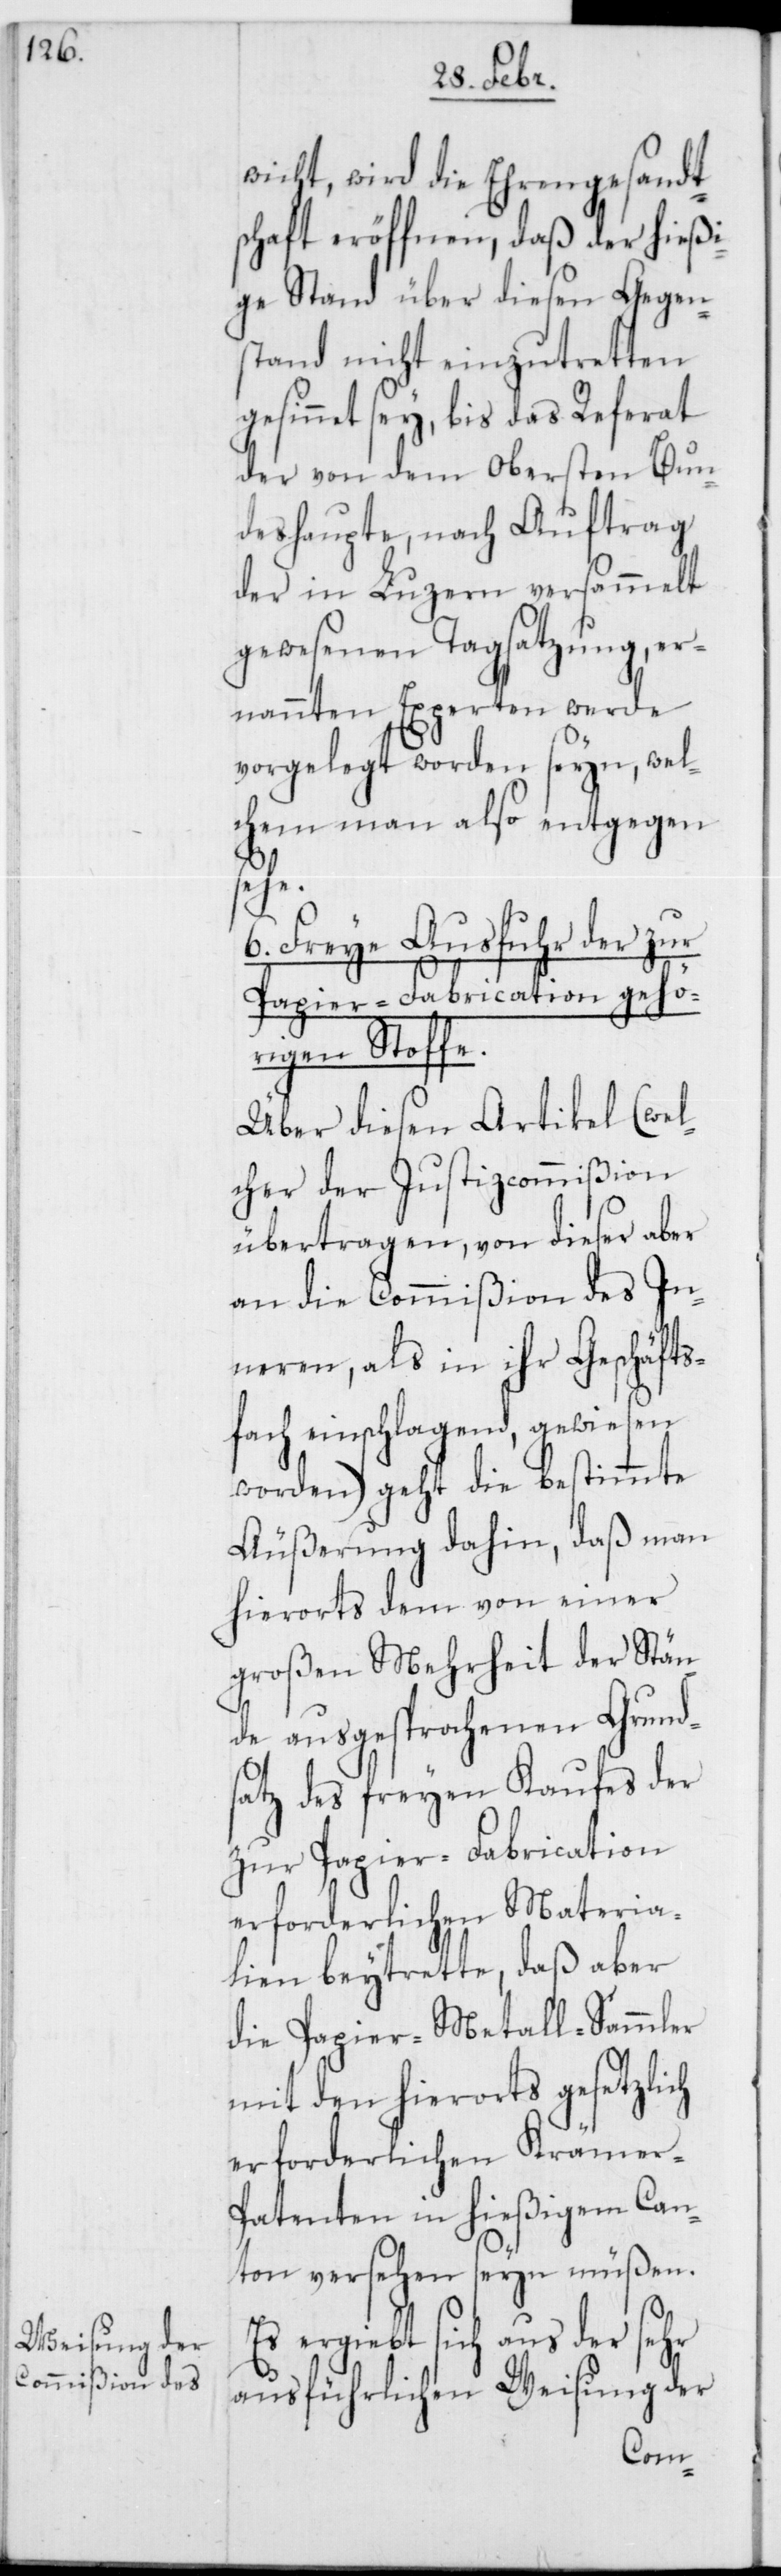
wicht, wird die Ehrengesandts¬
chaft eröffnen, daß der hießi¬
ge Stand über diesen Gegen¬
stand nicht einzutretten
gesinnet sey, bis das Referat
der von dem obersten Bun¬
deshaupte, nach Auftrag
der in Luzern versammelt
gewesenen Tagsatzung, er¬
nannten Experten werde
vorgelegt worden seyn, wel¬
chem man also entgegen¬
sehe.
6. Freye Ausfuhr der zur
Papier-Fabrication gehö¬
rigen Stoffe.
Über diesen Artikel (wel¬
cher der Justizcommißion
übertragen, von dieser aber
an die Commißion des In¬
neren, als in ihr Geschäfts¬
fach einschlagend, gewiesen
worden) geht die bestimmte
Äußerung dahin, daß man
hierorts dem von einer
großen Mehrheit der Stän¬
de ausgesprochenen Grund¬
satz des freyen Kaufes der
zur Papier-Fabrication
erforderlichen Materia¬
lien beytrette, daß aber
die Papier- Metall-Sammler
mit den hierorts gesetzlich
erforderlichen Krämer-P¬
atenten in hießigem Can¬
ton versehen seyn müßen.
Es ergiebt sich aus der sehr
ausführlichen Weisung der